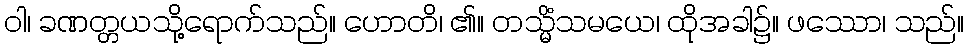
ဝါ၊ ခဏတ္တယသို့ရောက်သည်။ ဟောတိ၊ ၏။ တသ္မိံသမယေ၊ ထိုအခါ၌။ ဖဿော၊ သည်။